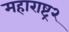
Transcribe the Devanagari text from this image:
महाराष्ट्र२